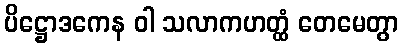
ပိဋ္ဌောဒကေန ဝါ သလာကဟတ္ထံ တေမေတွာ